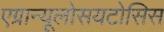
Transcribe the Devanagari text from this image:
एग्रान्यूलोसयटोसिस